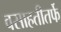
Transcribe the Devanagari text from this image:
वसाहतीतर्फे